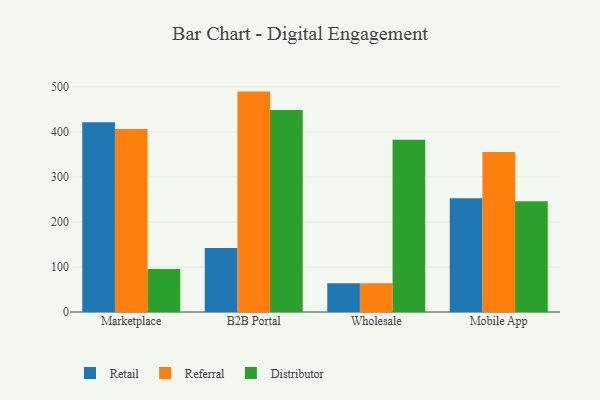
{"axis": {"x": "Channel", "y": "Latency (ms)"}, "legend": ["Distributor", "Referral", "Retail"], "data": [{"x": "Marketplace", "y": 421.5, "type": "Retail"}, {"x": "Marketplace", "y": 406.4, "type": "Referral"}, {"x": "Marketplace", "y": 95.3, "type": "Distributor"}, {"x": "B2B Portal", "y": 141.9, "type": "Retail"}, {"x": "B2B Portal", "y": 489.6, "type": "Referral"}, {"x": "B2B Portal", "y": 448.9, "type": "Distributor"}, {"x": "Wholesale", "y": 63.6, "type": "Retail"}, {"x": "Wholesale", "y": 63.8, "type": "Referral"}, {"x": "Wholesale", "y": 382.6, "type": "Distributor"}, {"x": "Mobile App", "y": 252.6, "type": "Retail"}, {"x": "Mobile App", "y": 355.2, "type": "Referral"}, {"x": "Mobile App", "y": 246.1, "type": "Distributor"}]}